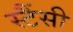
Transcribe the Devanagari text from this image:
स्टैंसी